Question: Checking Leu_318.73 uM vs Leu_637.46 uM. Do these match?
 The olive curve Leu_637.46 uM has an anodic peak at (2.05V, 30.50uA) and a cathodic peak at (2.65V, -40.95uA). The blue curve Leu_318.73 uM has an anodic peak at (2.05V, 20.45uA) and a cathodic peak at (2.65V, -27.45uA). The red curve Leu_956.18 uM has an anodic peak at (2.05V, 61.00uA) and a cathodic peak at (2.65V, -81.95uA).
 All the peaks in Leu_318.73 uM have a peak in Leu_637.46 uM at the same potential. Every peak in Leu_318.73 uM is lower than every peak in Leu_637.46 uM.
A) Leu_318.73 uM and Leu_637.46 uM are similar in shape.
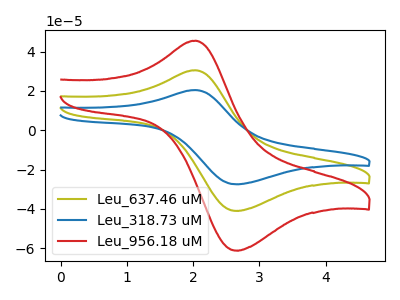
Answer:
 <answer>A) "Leu_318.73 uM" and "Leu_637.46 uM" are similar in shape.</answer>
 <eval>A</eval>